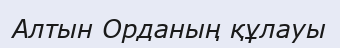
Алтын Орданың құлауы